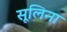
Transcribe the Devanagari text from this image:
सूलिना